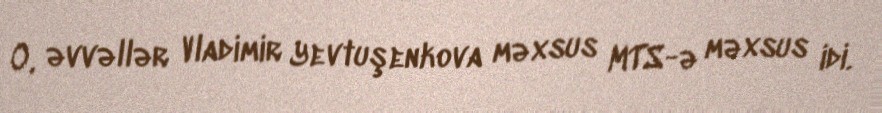
O, əvvəllər Vladimir Yevtuşenkova məxsus MTS-ə məxsus idi.